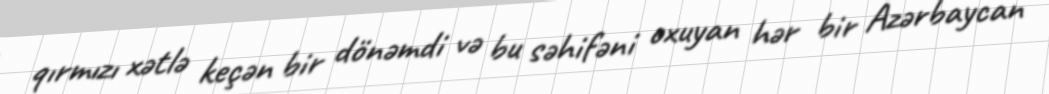
qırmızı xətlə keçən bir dönəmdi və bu səhifəni oxuyan hər bir Azərbaycan